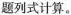
题列式计算。